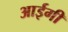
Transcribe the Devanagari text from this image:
आईगी